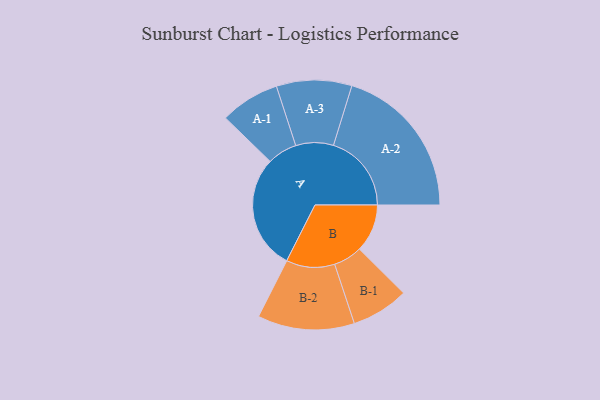
{"axis": {"x": "Segment", "y": "Value"}, "legend": ["", "A", "B"], "data": [{"x": "A", "y": 436, "type": ""}, {"x": "B", "y": 182, "type": ""}, {"x": "A-1", "y": 113, "type": "A"}, {"x": "A-2", "y": 296, "type": "A"}, {"x": "A-3", "y": 143, "type": "A"}, {"x": "B-1", "y": 109, "type": "B"}, {"x": "B-2", "y": 184, "type": "B"}]}